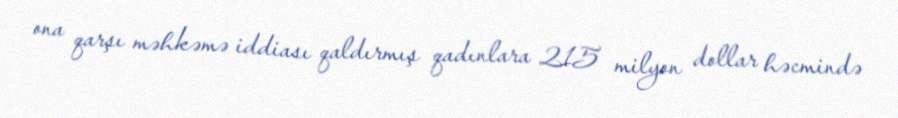
ona qarşı məhkəmə iddiası qaldırmış qadınlara 215 milyon dollar həcmində